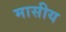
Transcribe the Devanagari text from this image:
मासीय